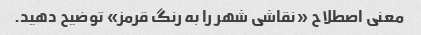
معنی اصطلاح «نقاشی شهر را به رنگ قرمز» توضیح دهید.